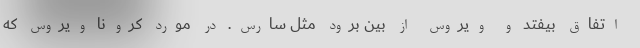
اتفاق بیفتد و ویروس از بین برود مثل سارس. در مورد کرونا ویروس که